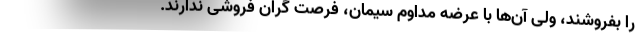
را بفروشند، ولی آن‌ها با عرضه مداوم سیمان، فرصت گران فروشی ندارند.